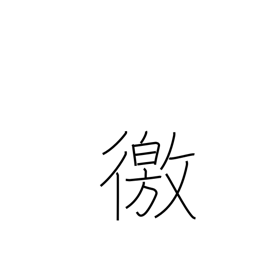
Meaning: enquire